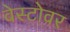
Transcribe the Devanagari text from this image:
वेस्टोवर